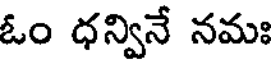
ఓం ధన్వినే నమః